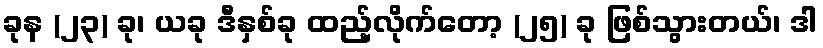
ခုန (၂၃) ခု၊ ယခု ဒီနှစ်ခု ထည့်လိုက်တော့ (၂၅) ခု ဖြစ်သွားတယ်၊ ဒါ